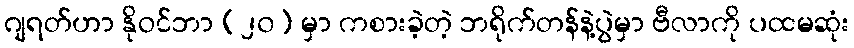
ဂျရတ်ဟာ နိုဝင်ဘာ (၂၀) မှာ ကစားခဲ့တဲ့ ဘရိုက်တန်နဲ့ပွဲမှာ ဗီလာကို ပထမဆုံး